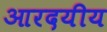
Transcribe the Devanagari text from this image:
आरदयीय